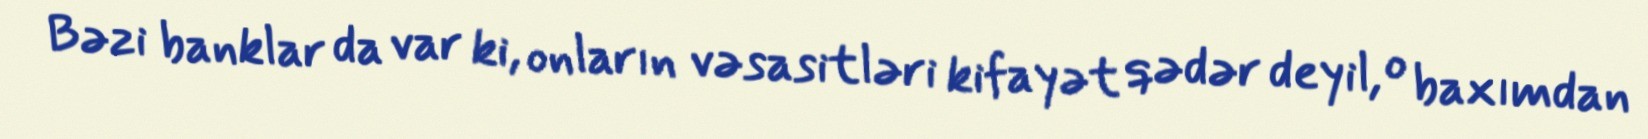
Bəzi banklar da var ki, onların vəsasitləri kifayət qədər deyil, o baxımdan